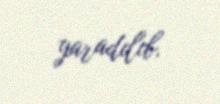
yaradılıb.